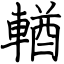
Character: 輶